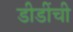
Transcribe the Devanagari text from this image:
डीडींची